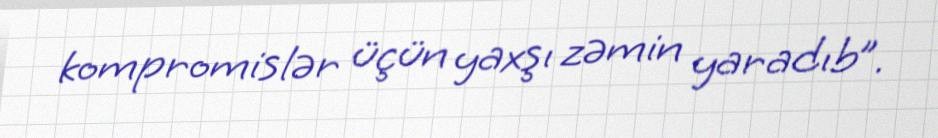
kompromislər üçün yaxşı zəmin yaradıb”.